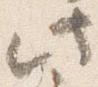
此